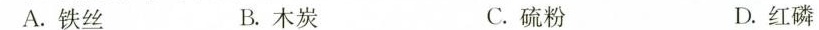
A.铁丝 B.木炭 C.硫粉 D.红磷